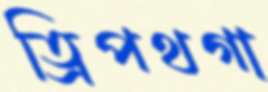
ত্রিপথগা